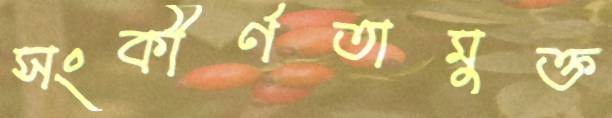
সংকীর্ণতামুক্ত